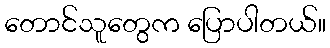
တောင်သူတွေက ပြောပါတယ်။